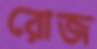
রোজ